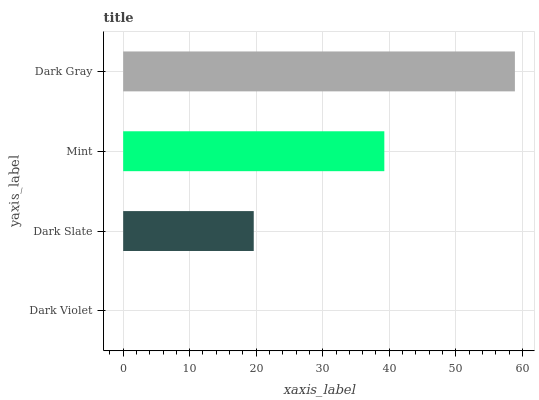
| yaxis_label | bars |
 | --- | --- |
 | Dark Violet | 0 |
 | Dark Slate | 19.6 |
 | Mint | 39.3 |
 | Dark Gray | 58.9 |